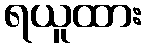
ရယူထား